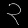
Digit: ၃